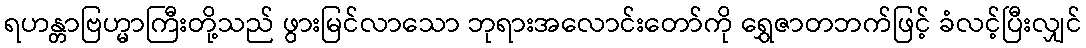
ရဟန္တာဗြဟ္မာကြီးတို့သည် ဖွားမြင်လာသော ဘုရားအလောင်းတော်ကို ရွှေဇာတဘက်ဖြင့် ခံလင့်ပြီးလျှင်